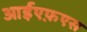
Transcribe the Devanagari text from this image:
आईएफ़एस